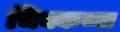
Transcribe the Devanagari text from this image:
चिक्कय्या